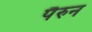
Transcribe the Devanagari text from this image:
पैरुन